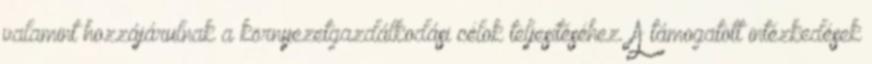
valamint hozzájárulnak a környezetgazdálkodási célok teljesítéséhez. A támogatott intézkedések